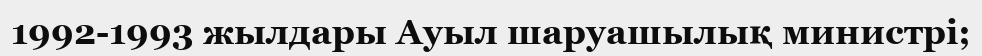
1992-1993 жылдары Ауыл шаруашылық министрі;